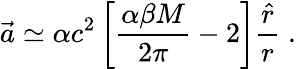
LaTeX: \vec{a}\simeq\alpha c^{2}\left[\frac{\alpha\beta M}{2\pi}-2\right]\frac{\hat{r}}{r}\; .